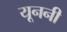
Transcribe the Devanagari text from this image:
यूननी